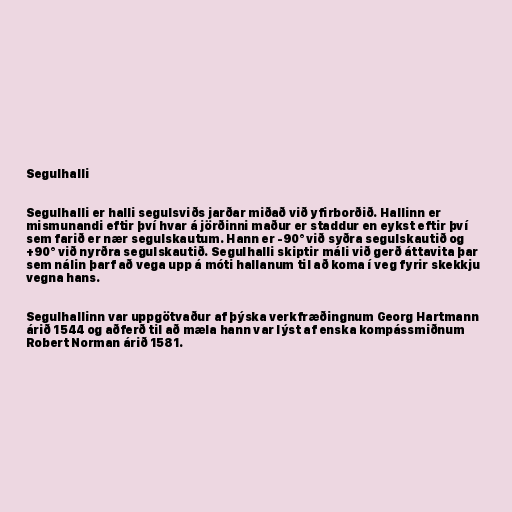
Segulhalli

Segulhalli er halli segulsviðs jarðar miðað við yfirborðið. Hallinn er
mismunandi eftir því hvar á jörðinni maður er staddur en eykst eftir því
sem farið er nær segulskautum. Hann er -90° við syðra segulskautið og
+90° við nyrðra segulskautið. Segulhalli skiptir máli við gerð áttavita þar
sem nálin þarf að vega upp á móti hallanum til að koma í veg fyrir skekkju
vegna hans.

Segulhallinn var uppgötvaður af þýska verkfræðingnum Georg Hartmann
árið 1544 og aðferð til að mæla hann var lýst af enska kompássmiðnum
Robert Norman árið 1581.